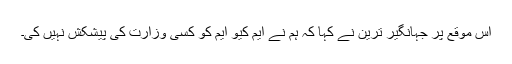
اس موقع پر جہانگیر ترین نے کہا کہ ہم نے ایم کیو ایم کو کسی وزارت کی پیشکش نہیں کی۔